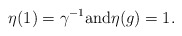
\begin{align*} \eta(1) = \gamma^{-1} \mbox{and} \eta(g) = 1.\end{align*}